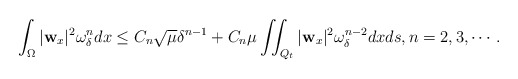
\begin{align*} &\int_\Omega|\mathbf{w}_x|^2 \omega_\delta ^n dx \leq C_n \sqrt{\mu}\delta^{n-1} + C_n\mu\iint_{Q_t} |\mathbf{w}_x|^2 \omega_\delta ^{n-2} dxds,n=2,3,\cdots. \end{align*}